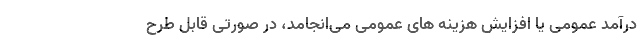
درآمد عمومی یا افزایش هزینه های عمومی می‌انجامد، در صورتی قابل طرح